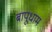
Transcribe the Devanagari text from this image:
बापूधाम